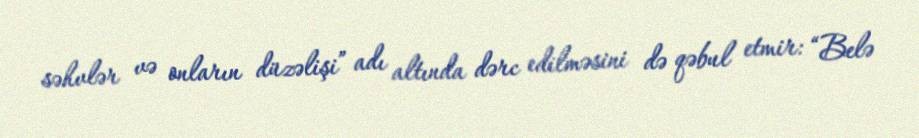
səhvlər və onların düzəlişi” adı altında dərc edilməsini də qəbul etmir: “Belə